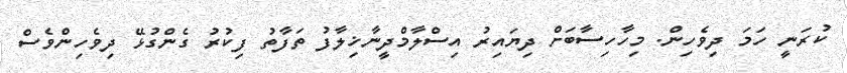
ކުރަނީ ހަމަ ދިވެހިން. މިހާހިސާބަށް ދިޔައިރު އިސްލާމްދީނާޚިލާފު ތަފާތު ފިކުރު ގެންގުޅޭ ދިވެހިންވެސް